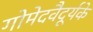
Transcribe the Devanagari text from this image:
गोमेदवैदूर्यके